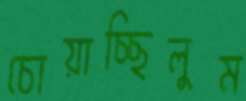
চোয়াচ্ছিলুম